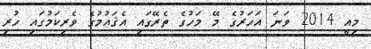
މިއީ 2014 ވަނަ އަހަރުގެ މޭ މަހުގެ ތެރޭގައި އެޤައުމުގެ ވެރިކަމުގައި ހުރި